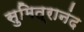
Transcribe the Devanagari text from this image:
सुमित्रानंद